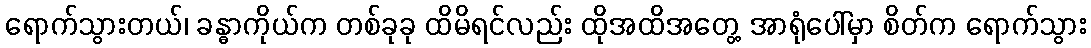
ရောက်သွားတယ်၊ ခန္ဓာကိုယ်က တစ်ခုခု ထိမိရင်လည်း ထိုအထိအတွေ့ အာရုံပေါ်မှာ စိတ်က ရောက်သွား